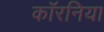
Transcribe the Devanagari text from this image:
कॉरनिया